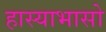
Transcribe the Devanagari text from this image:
हास्याभासो